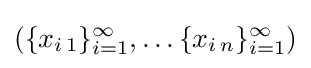
\left(\{x_{i\,1}\}_{i=1}^{\infty },\ldots \{x_{i\,n}\}_{i=1}^{\infty }\right)